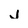
Character: j